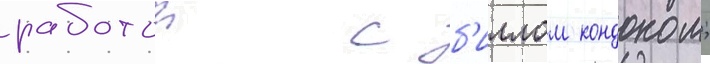
работои с б'иллом кондоном;